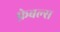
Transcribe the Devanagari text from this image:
फ़ेबल्स